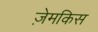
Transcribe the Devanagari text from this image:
ज़ेमकिस